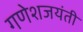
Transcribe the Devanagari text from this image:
गणेशजयंती